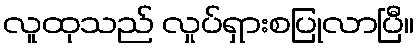
လူထုသည် လှုပ်ရှားစပြုလာပြီ။